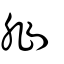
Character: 剕